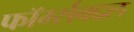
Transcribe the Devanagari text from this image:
फॉर्म्सबद्दल